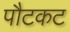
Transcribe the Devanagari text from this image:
पौटकट